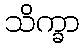
သိက္ခာ